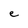
Character: e